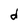
Character: d